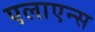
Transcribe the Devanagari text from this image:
एलाएन्स